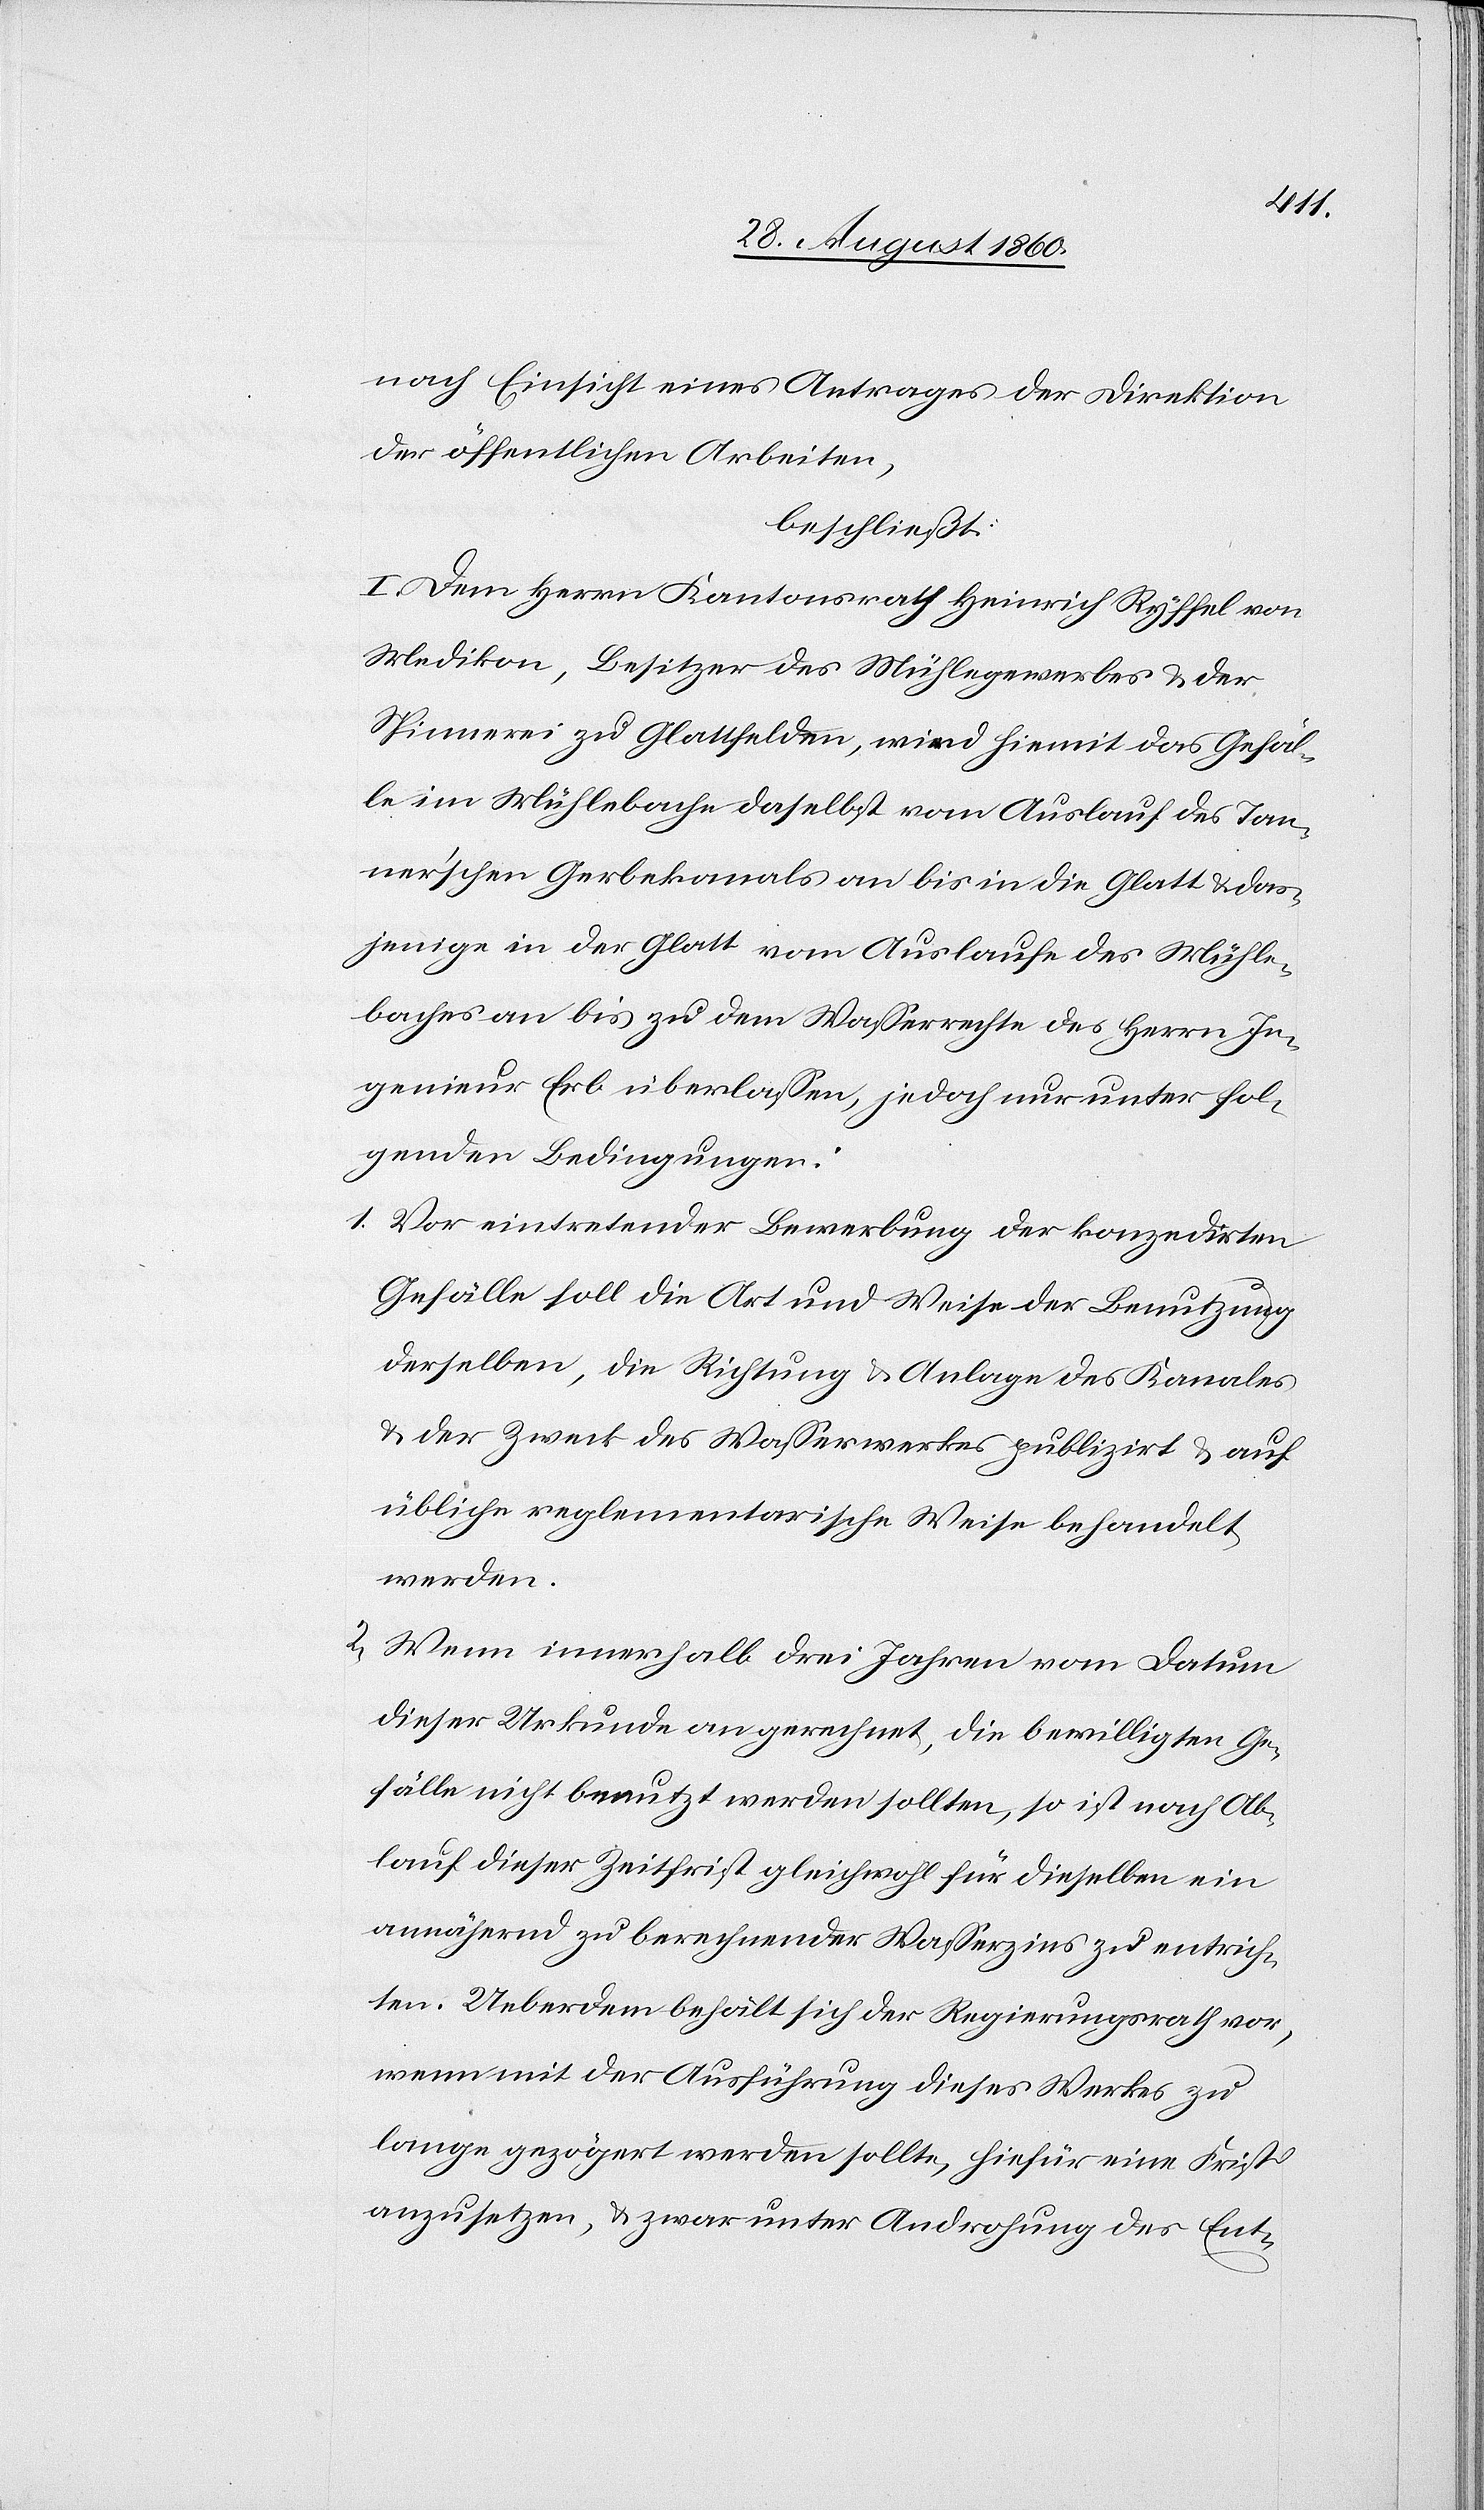
nach Einsicht eines Antrages der Direktion
der öffentlichen Arbeiten,
beschliesst:
I. Dem Hrn. Kantonsrath Heinrich Ryffel von
Medikon, Besitzer des Mühlegewerbes u. der
Spinnerei zu Glattfelden, wird hiermit das Gefäl¬
le im Mühlebach daselbst, vom Auslauf des Tan¬
nerschen Gerbekanals an bis in die Glatt u. das¬
jenige in der Glatt vom Auslaufe des Mühle¬
baches an bis zu dem Wasserrechte des Herrn In¬
genieur Erb überlassen, jedoch nur unter fol¬
genden Bedingungen:
1. Vor eintretender Bewerbung der concedirten
Gefälle, soll die Art u. Weise der Benutzung
derselben, die Richtung u. Anlage des Kanales
u. der Zweck des Wasserwerkes publizirt u. auf
übliche reglementarische Weise behandelt
werden.
2. Wenn innerhalb drei Jahren, vom Datum
dieser Urkunde an gerechnet, die bewilligten Ge¬
fälle nicht benutzt werden sollten, so ist nach Ab¬
lauf dieser Zeitfrist gleichwohl für dieselben ein
annähernd zu berechnender Wasserzins zu entrich¬
ten. Ueberdem behält sich der Regierungsrath vor,
wenn mit der Ausführung dieses Werkes zu
lange gezögert werden sollte, hiefür eine Frist
anzusetzen u. zwar unter Androhung des Ent-